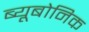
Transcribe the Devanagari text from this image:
ब्यूबोनिक